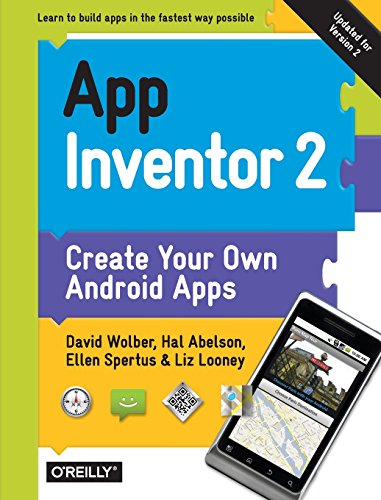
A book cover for App Inventor 2; David Wolber; Computers & Technology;